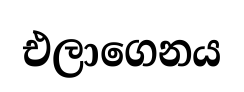
එලාගෙනය